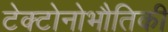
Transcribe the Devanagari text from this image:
टेक्टोनोभौतिकी